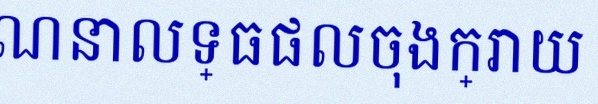
គណនាលទ្ធផលចុងក្រោយ